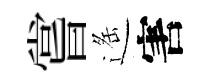
嘗遥害